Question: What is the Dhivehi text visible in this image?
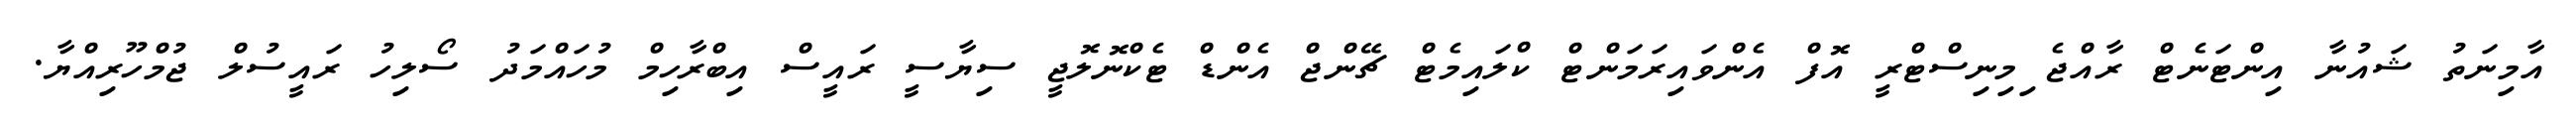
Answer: އާމިނަތު ޝައުނާ އިންޓަނެޓް ރާއްޖެ ިމިނިސްޓްރީ އޮފް އެންވައިރަމަންޓް ކްލައިމެޓް ޗޭންޖް އެންޑް ޓެކްނޮލޮޖީ ސިޔާސީ ރައީސް އިބްރާހިމް މުހައްމަދު ސޯލިހު ރައީސުލް ޖުމްހޫރިއްޔާ.